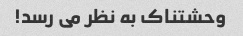
وحشتناک به نظر می رسد!